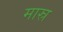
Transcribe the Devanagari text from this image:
मास्र